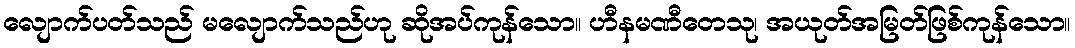
လျောက်ပတ်သည် မလျောက်သည်ဟု ဆိုအပ်ကုန်သော။ ဟီနမဏီတေသု၊ အယုတ်အမြတ်ဖြစ်ကုန်သော။